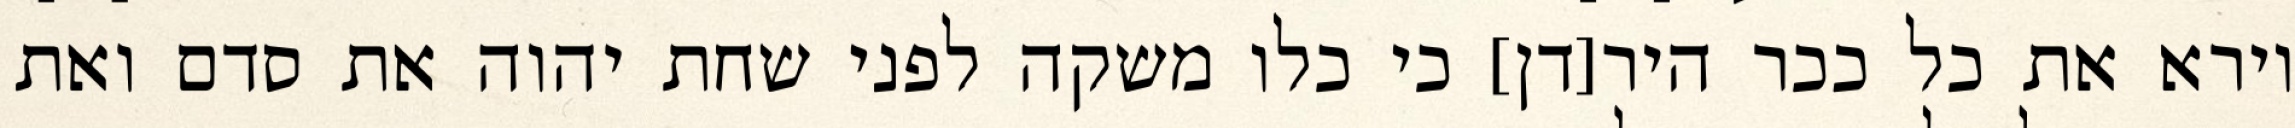
וירא את כל ככר היר[דן] כי כלו משקה לפני שחת יהוה את סדם ואת